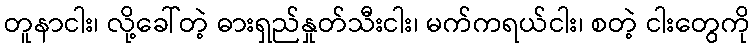
တူနာငါး၊ လို့ခေါ်တဲ့ ဓားရှည်နှုတ်သီးငါး၊ မက်ကရယ်ငါး၊ စတဲ့ ငါးတွေကို